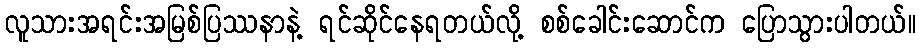
လူသားအရင်းအမြစ်ပြဿနာနဲ့ ရင်ဆိုင်နေရတယ်လို့ စစ်ခေါင်းဆောင်က ပြောသွားပါတယ်။